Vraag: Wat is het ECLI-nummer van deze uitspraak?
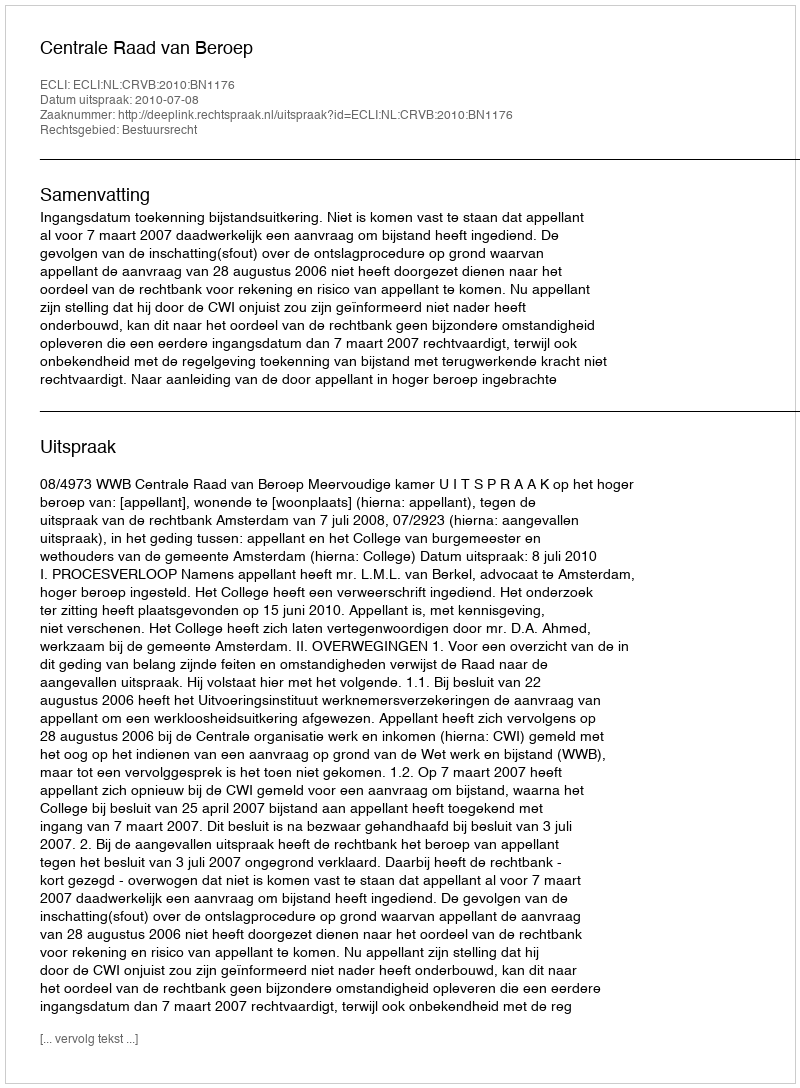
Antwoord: ECLI:NL:CRVB:2010:BN1176